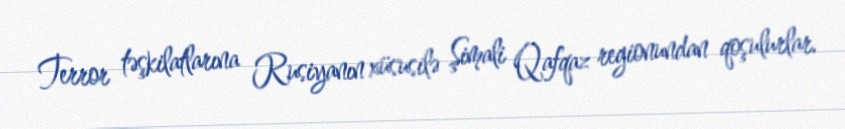
Terror təşkilatlarına Rusiyanın xüsusilə Şimali Qafqaz regionundan qoşulurlar.